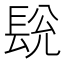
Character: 𮣽